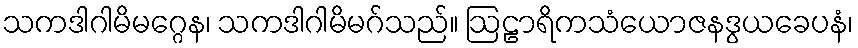
သကဒါဂါမိမဂ္ဂေန၊ သကဒါဂါမိမဂ်သည်။ ဩဠာရိကသံယောဇနဒွယခေပနံ၊